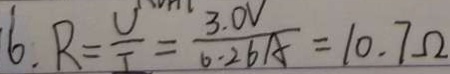
6 . R = \frac { U } { I } = \frac { 3 . 0 V } { 6 . 2 6 A } = 1 0 . 7 \Omega